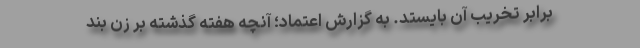
برابر تخريب آن بايستد. به گزارش اعتماد؛ آنچه هفته گذشته بر زن بند